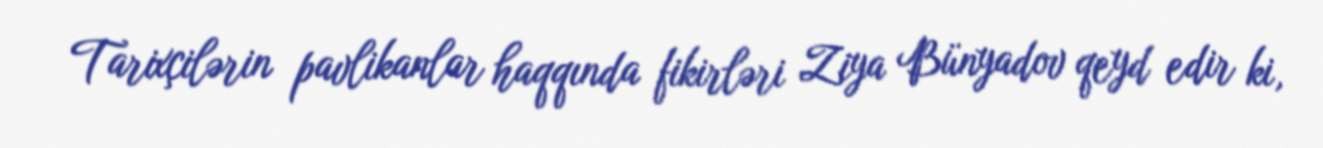
Tarixçilərin pavlikanlar haqqında fikirləri Ziya Bünyadov qeyd edir ki,